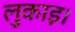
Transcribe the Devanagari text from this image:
लुकाइ।